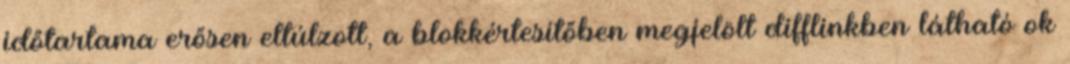
időtartama erősen eltúlzott, a blokkértesítőben megjelölt difflinkben látható ok